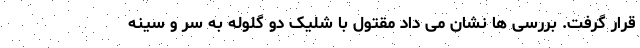
قرار گرفت. بررسی ها نشان می داد مقتول با شلیک دو گلوله به سر و سینه